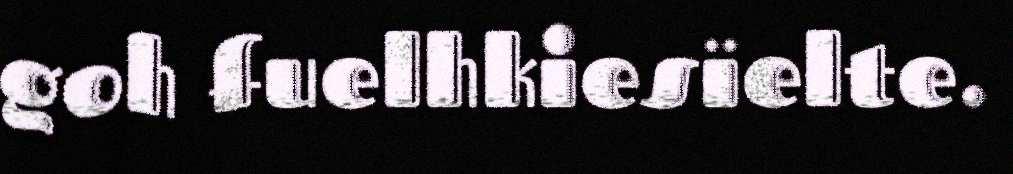
goh fuelhkiesïelte.